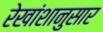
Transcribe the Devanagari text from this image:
रेखांशानुसार